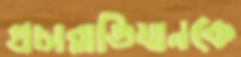
প্রচারাভিযানকে